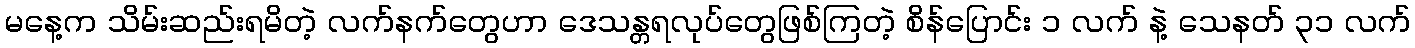
မနေ့က သိမ်းဆည်းရမိတဲ့ လက်နက်တွေဟာ ဒေသန္တရလုပ်တွေဖြစ်ကြတဲ့ စိန်ပြောင်း ၁ လက် နဲ့ သေနတ် ၃၁ လက်